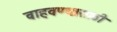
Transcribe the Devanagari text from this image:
वाहवण्यासाठी